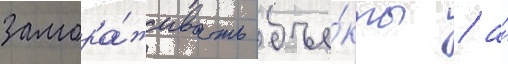
замора́живать объе́кты / а́